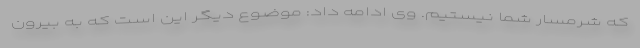
که شرمسار شما نیستیم. وی ادامه داد: موضوع دیگر این است که به بیرون